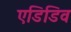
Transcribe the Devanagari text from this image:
एडिडिव